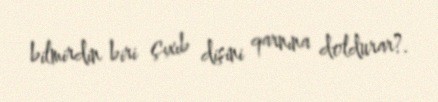
bilmirdin biri çıxıb dişini qarnına doldurar?.